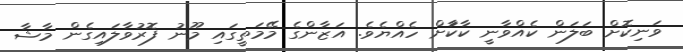
ވަނިކޮށް ބަލަން ކެއްވާނީ ކާކާަށް ހެއްޔެވެ. އަޒާންގެ މޭމަތީގައި މޫނު ފޮރުވާލައިގެން މާޝާ